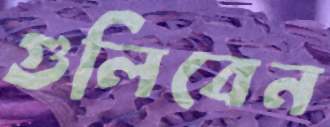
গুলিবেন